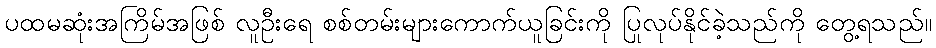
ပထမဆုံးအကြိမ်အဖြစ် လူဦးရေ စစ်တမ်းများကောက်ယူခြင်းကို ပြုလုပ်နိုင်ခဲ့သည်ကို တွေ့ရသည်။